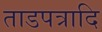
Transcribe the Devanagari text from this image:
ताडपत्रादि